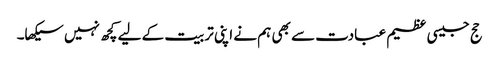
حج جیسی عظیم عبادت سے بھی ہم نے اپنی تربیت کے لیے کچھ نہیں سیکھا۔